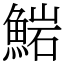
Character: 𩸶